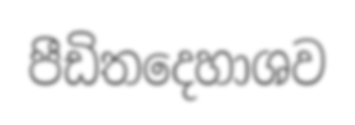
පීඩිතදෙහාශව